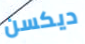
ديكسن